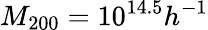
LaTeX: M_{200}=10^{14.5}h^{-1}